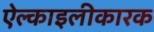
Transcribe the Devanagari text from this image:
ऐल्काइलीकारक